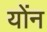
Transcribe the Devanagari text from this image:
योंन